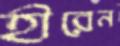
হীরেন